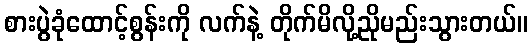
စားပွဲခုံထောင့်စွန်းကို လက်နဲ့ တိုက်မိလို့ညိုမည်းသွားတယ်။